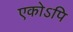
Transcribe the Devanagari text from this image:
एकोऽपि